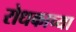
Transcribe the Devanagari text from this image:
रोधकाच्या